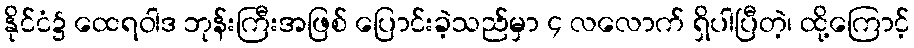
နိုင်ငံ၌ ထေရဝါဒ ဘုန်းကြီးအဖြစ် ပြောင်းခဲ့သည်မှာ ၄ လလောက် ရှိပါပြီတဲ့၊ ထို့ကြောင့်